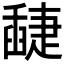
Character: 𦦘